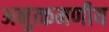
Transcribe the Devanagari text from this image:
अनुत्कमणीय